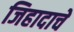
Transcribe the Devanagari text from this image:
जिहादाचे